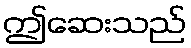
ဤဆေးသည်